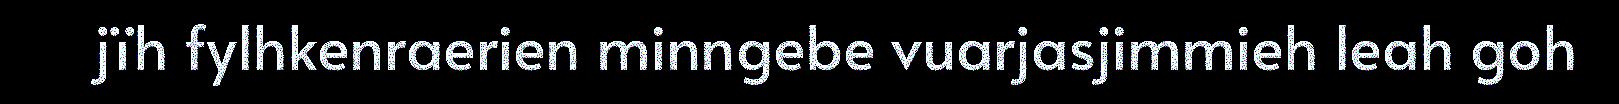
jïh fylhkenraerien minngebe vuarjasjimmieh leah goh